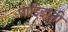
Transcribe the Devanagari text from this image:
पाझ्झिनी